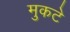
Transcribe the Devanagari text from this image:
मुकटे